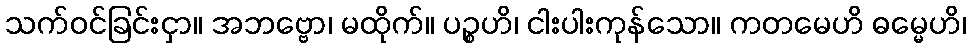
သက်ဝင်ခြင်းငှာ။ အဘဗ္ဗော၊ မထိုက်။ ပဉ္စဟိ၊ ငါးပါးကုန်သော။ ကတမေဟိ ဓမ္မေဟိ၊